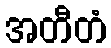
အတီတံ